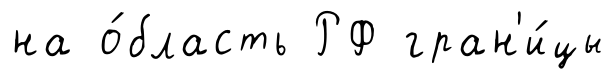
на о́бласть РФ гран'и́цы